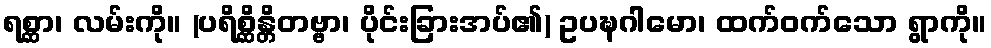
ရစ္ဆာ၊ လမ်းကို။ (ပရိစ္ဆိန္တိတဗ္ဗာ၊ ပိုင်းခြားအပ်၏) ဥပဍ္ဎဂါမော၊ ထက်ဝက်သော ရွာကို။